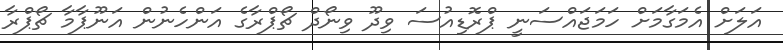
އަލަށް އެމަގާމަށް ހަމަޖައްސަނީ ޕްރޮޑިއުސަ ވިދޫ ވިނޯދް ޗޯޕްރާގެ އަންހެނުން އަނޫޕާމާ ޗޯޕްރާ